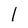
Character: l